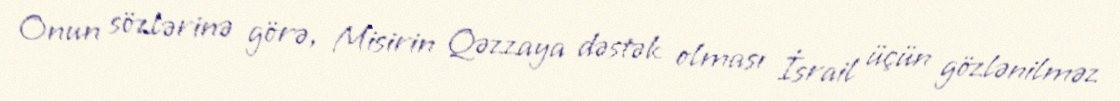
Onun sözlərinə görə, Misirin Qəzzaya dəstək olması İsrail üçün gözlənilməz